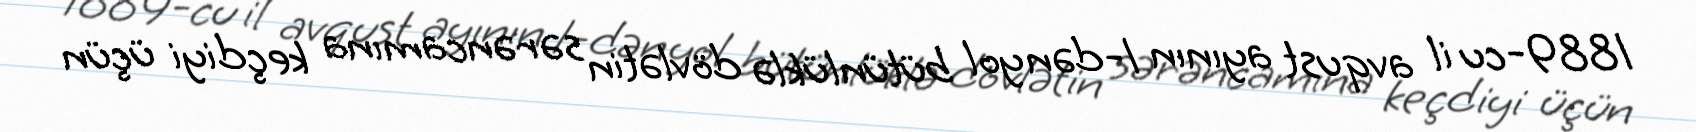
1889-cu il avqust ayının 1-dən yol bütünlüklə dövlətin sərəncamına keçdiyi üçün